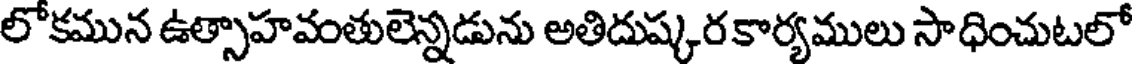
లోకమున ఉత్సాహవంతులెన్నడును అతిదుష్కరకార్యములు సాధించుటలో